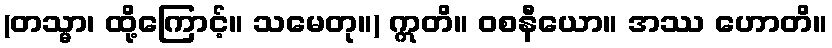
(တသ္မာ၊ ထို့ကြောင့်။ သမေတု။) ဣတိ။ ဝစနီယော။ အဿ ဟောတိ။